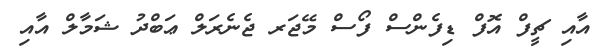
އާއި ޗީފް އޮފް ޑިފެންސް ފޯސް މޭޖަރ ޖެނެރަލް ޢަބްދު ޝަމާލް އާއި